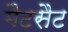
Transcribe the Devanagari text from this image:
मैटसैट